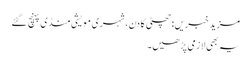
مزید خبریں:چھٹی کا دن، شہری مویشی منڈی پہنچ گئے
یہ بھی لازمی پڑھیں۔